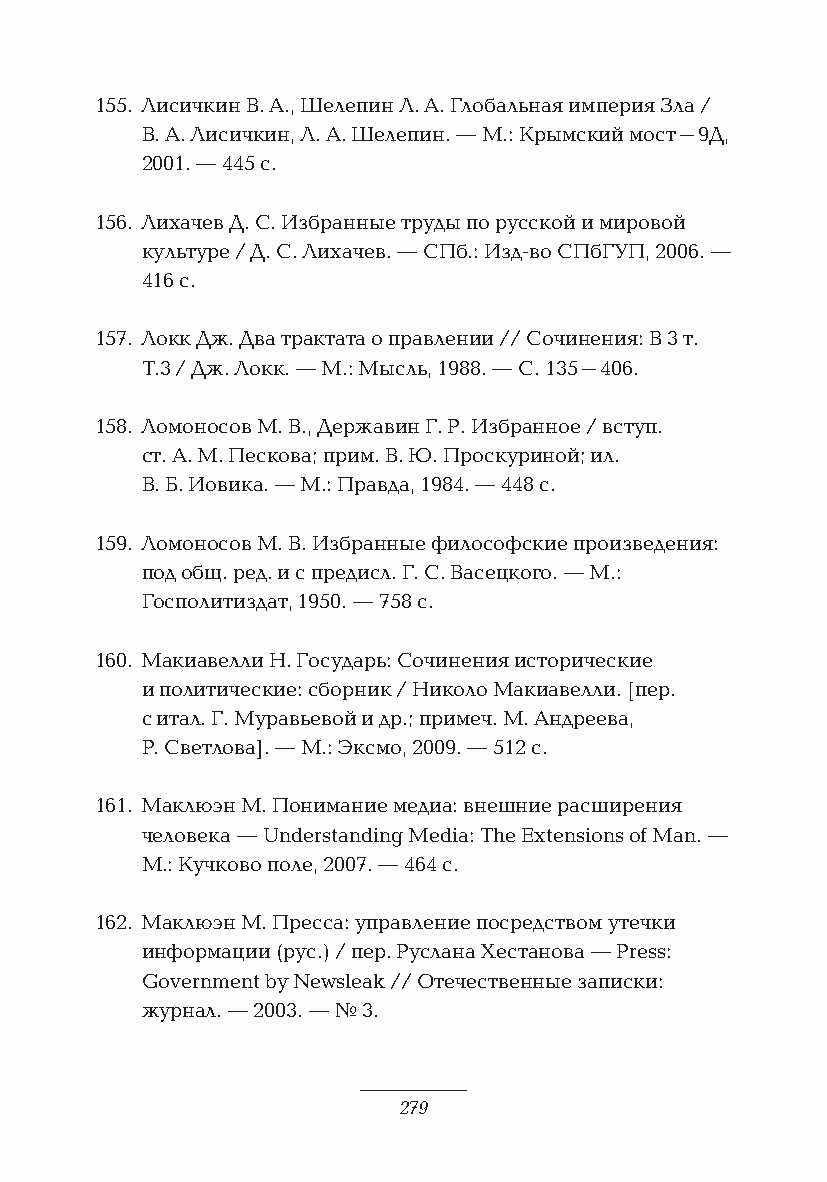
155. Лисичкин В. А., Шелепин Л. А. Глобальная империя Зла /
 В. А. Лисичкин, Л. А. Шелепин. — М.: Крымский мост–9Д,
 2001. — 445 с.
 156. Лихачев Д. С. Избранные труды по русской и мировой
 культуре / Д. С. Лихачев. — СПб.: Изд-во СПбГУП, 2006. —
 416 с.
 157. Локк Дж. Два трактата о правлении // Сочинения: В 3 т.
 Т.3 / Дж. Локк. — М.: Мысль, 1988. — С. 135–406.
 158. Ломоносов М. В., Державин Г. Р. Избранное / вступ.
 ст. А. М. Пескова; прим. В. Ю. Проскуриной; ил.
 В. Б. Иовика. — М.: Правда, 1984. — 448 с.
 159. Ломоносов М. В. Избранные философские произведения:
 под общ. ред. и с предисл. Г. С. Васецкого. — М.:
 Госполитиздат, 1950. — 758 с.
 160. Макиавелли Н. Государь: Сочинения исторические
 и политические: сборник / Николо Макиавелли. [пер.
 с итал. Г. Муравьевой и др.; примеч. М. Андреева,
 Р. Светлова]. — М.: Эксмо, 2009. — 512 с.
 161. Маклюэн М. Понимание медиа: внешние расширения
 человека — Understanding Media: The Extensions of Man. —
 М.: Кучково поле, 2007. — 464 с.
 162. Маклюэн М. Пресса: управление посредством утечки
 информации (рус.) / пер. Руслана Хестанова — Press:
 Government by Newsleak // Отечественные записки:
 журнал. — 2003. — № 3.
 279